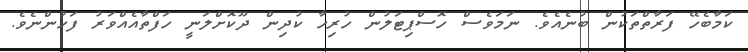
ކަމާބެހޭ ފަރާތްތަކުން ބުނެއެވެ. ނަމަވެސް ހޮސްޕިޓަލުން ހުރިހާ ކުދިން ދޫކޮށްލަނީ ހަފްތާއެއްވަރު ފަހުންނެވެ.